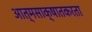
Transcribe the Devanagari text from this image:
आत्मसाक्षातकरता